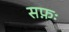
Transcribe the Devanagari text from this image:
सफ़ः